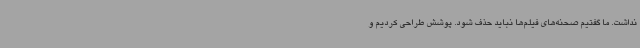
نداشت. ما گفتیم صحنه‌های فیلم‌ها نباید حذف شود. پوشش طراحی کردیم و